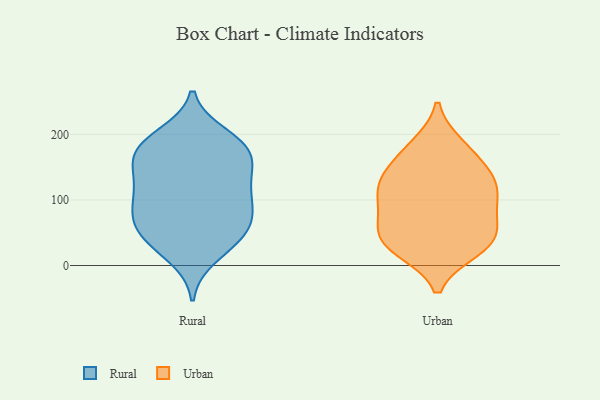
{"axis": {"x": "Tickets Resolved", "y": "Value"}, "legend": ["Rural", "Urban"], "data": [{"x": "", "y": 35, "type": "Rural"}, {"x": "", "y": 184, "type": "Rural"}, {"x": "", "y": 178, "type": "Rural"}, {"x": "", "y": 60, "type": "Rural"}, {"x": "", "y": 91, "type": "Rural"}, {"x": "", "y": 141, "type": "Rural"}, {"x": "", "y": 14, "type": "Rural"}, {"x": "", "y": 163, "type": "Rural"}, {"x": "", "y": 120, "type": "Rural"}, {"x": "", "y": 149, "type": "Rural"}, {"x": "", "y": 41, "type": "Rural"}, {"x": "", "y": 185, "type": "Rural"}, {"x": "", "y": 59, "type": "Rural"}, {"x": "", "y": 102, "type": "Rural"}, {"x": "", "y": 129, "type": "Rural"}, {"x": "", "y": 89, "type": "Rural"}, {"x": "", "y": 178, "type": "Rural"}, {"x": "", "y": 198, "type": "Rural"}, {"x": "", "y": 85, "type": "Rural"}, {"x": "", "y": 51, "type": "Rural"}, {"x": "", "y": 33, "type": "Urban"}, {"x": "", "y": 71, "type": "Urban"}, {"x": "", "y": 44, "type": "Urban"}, {"x": "", "y": 87, "type": "Urban"}, {"x": "", "y": 112, "type": "Urban"}, {"x": "", "y": 118, "type": "Urban"}, {"x": "", "y": 178, "type": "Urban"}, {"x": "", "y": 38, "type": "Urban"}, {"x": "", "y": 153, "type": "Urban"}, {"x": "", "y": 130, "type": "Urban"}, {"x": "", "y": 24, "type": "Urban"}, {"x": "", "y": 27, "type": "Urban"}, {"x": "", "y": 183, "type": "Urban"}, {"x": "", "y": 110, "type": "Urban"}, {"x": "", "y": 138, "type": "Urban"}, {"x": "", "y": 68, "type": "Urban"}]}